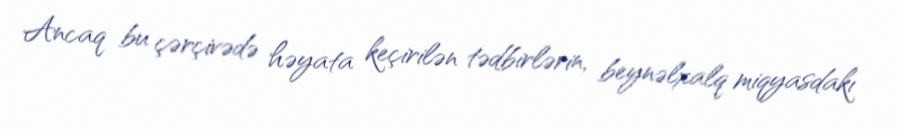
Ancaq bu çərçivədə həyata keçirilən tədbirlərin, beynəlxalq miqyasdakı